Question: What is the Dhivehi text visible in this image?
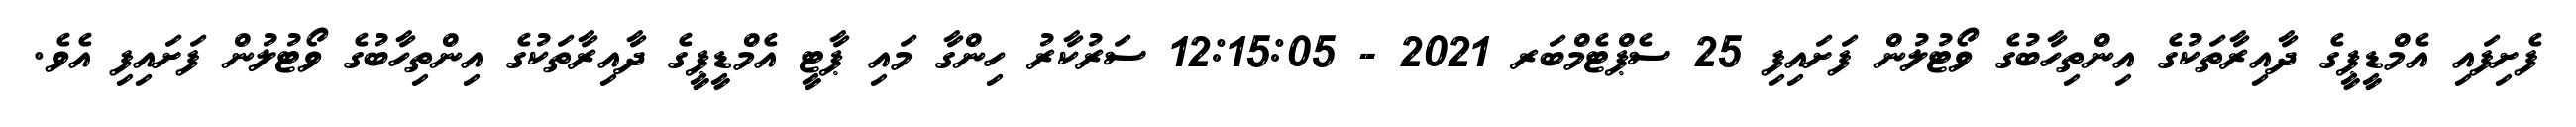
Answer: ފެށިފައި އެމްޑީޕީގެ ދާއިރާތަކުގެ އިންތިހާބުގެ ވޯޓުލުން ފަށައިފި 25 ސެޕްޓެމްބަރ 2021 - 12:15:05 ސަރުކާރު ހިންގާ މައި ޕާޓީ އެމްޑީޕީގެ ދާއިރާތަކުގެ އިންތިހާބުގެ ވޯޓުލުން ފަށައިފި އެވެ.